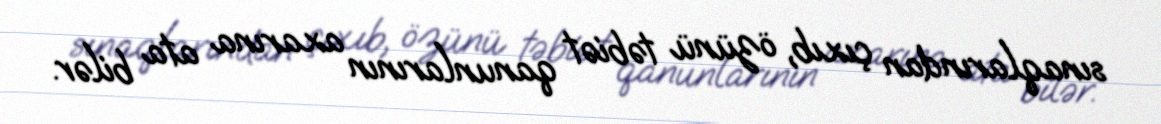
sınaqlarından çıxıb, özünü təbiət qanunlarının axarına ata bilər.